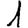
Digit: 1